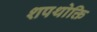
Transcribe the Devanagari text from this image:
शपथोक्ति